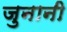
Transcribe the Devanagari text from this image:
जुनानी